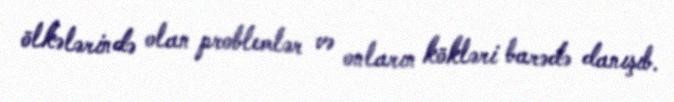
ölkələrində olan problemlər və onların kökləri barədə danışıb.